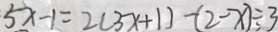
5 x - 1 = 2 ( 3 x + 1 ) - ( 2 - x ) \div 3